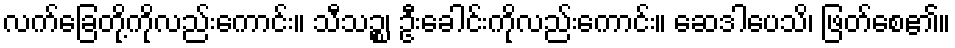
လက်ခြေတို့ကိုလည်းကောင်း။ သီသဉ္စ၊ ဦးခေါင်းကိုလည်းကောင်း။ ဆေဒါပေသိ၊ ဖြတ်စေ၏။